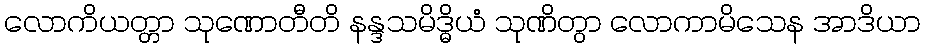
လောကိယတ္တာ သုဏောတီတိ နန္ဒသမိဒ္ဓိယံ သုဏိတွာ လောကာမိသေန အာဒိယာ